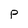
Character: P